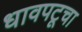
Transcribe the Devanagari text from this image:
धावपटूचा